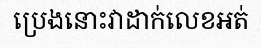
ប្រេងនោះវាដាក់លេខអត់